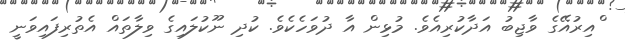
ްއިރުއޭގެ ވާޖިބު އަދާކުރިއެވެ. މުޅިން އާ ދުވަހެކެވެ. ކުދި ނޫކުލައިގެ ވިލާތައް އެތުރިފައިވަނީ